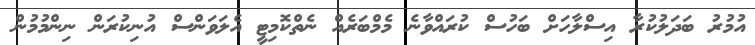
އުމުރު ބަދަލުކުރާ އިސްލާހަށް ބަހުސް ކުރައްވާނެ މެމްބަރެއް ނެތްކޮމިޓީ އެލަވަންސް އުނިކުރަން ނިންމުމުން